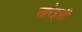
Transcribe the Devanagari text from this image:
सारेइसी